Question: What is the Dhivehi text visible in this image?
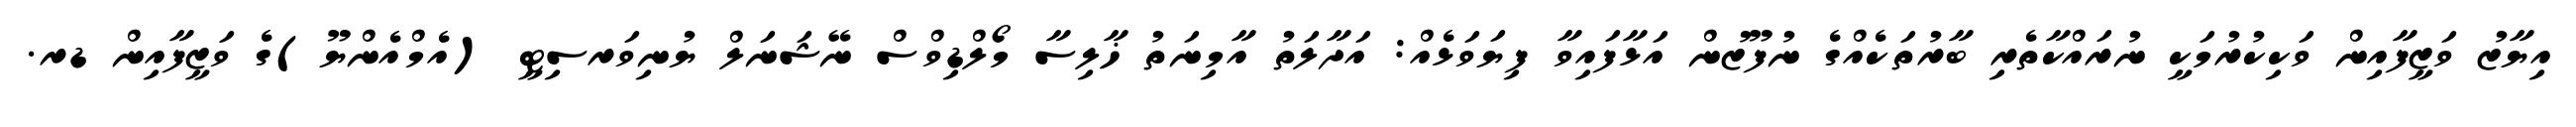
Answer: އިޔާޒު ވަޒީފާއިން ވަކިކުރުމަކީ ނުރައްކާތެރި ބާރުތަކެއްގެ ނުފޫޒުން އަޅާފައިވާ ފިޔަވަޅެއް: އަދާލަތު އާމިނަތު ޚާލިސާ މޯލްޑިވްސް ނޭޝަނަލް ޔުނިވަރސިޓީ (އެމްއެންޔޫ)ގެ ވަޒީފާއިން ޑރ.